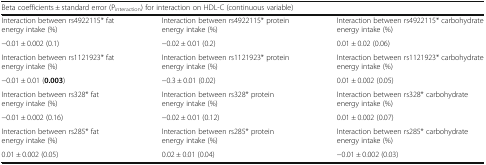
| <COLSPAN=3> Beta coefficients ± standard error (Pinteraction) for interaction on HDL-C (continuous variable) |
 | --- | --- | --- |
 | Interaction between rs4922115* fat energy intake (%) | Interaction between rs4922115* protein energy intake (%) | Interaction between rs4922115* carbohydrate energy intake (%) |
 | −0.01 ± 0.002 (0.1) | −0.02 ± 0.01 (0.2) | 0.01 ± 0.02 (0.06) |
 | Interaction between rs1121923* fat energy intake (%) | Interaction between rs1121923* protein energy intake (%) | Interaction between rs1121923* carbohydrate energy intake (%) |
 | −0.01 ± 0.01 (0.003) | −0.3 ± 0.01 (0.02) | 0.01 ± 0.002 (0.05) |
 | Interaction between rs328* fat energy intake (%) | Interaction between rs328* protein energy intake (%) | Interaction between rs328* carbohydrate energy intake (%) |
 | −0.01 ± 0.002 (0.16) | −0.02 ± 0.01 (0.12) | 0.01 ± 0.002 (0.07) |
 | Interaction between rs285* fat energy intake (%) | Interaction between rs285* protein energy intake (%) | Interaction between rs285* carbohydrate energy intake (%) |
 | 0.01 ± 0.002 (0.05) | 0.02 ± 0.01 (0.04) | −0.01 ± 0.002 (0.03) |